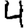
Digit: 4